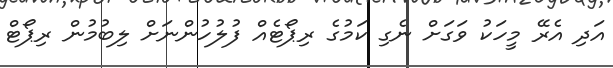
އަދި އެރޭ މީހަކު ވަގަށް ނެގި ކަމުގެ ރިޕޯޓެއް ފުލުހުންނަށް ލިބުމުން ރިޕޯޓް